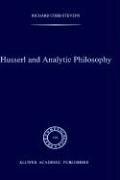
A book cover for Husserl and Analytic Philosophy (Phaenomenologica); R. Cobb-Stevens; Politics & Social Sciences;